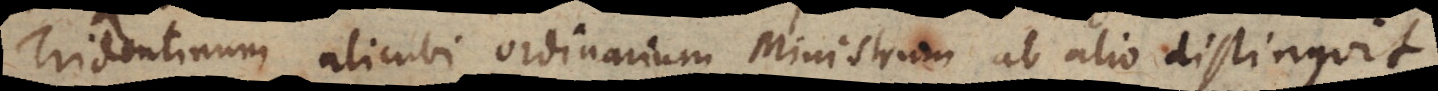
Tridentinum alicubi ordinarium ministrum ab alio distinguit.